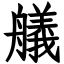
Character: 艤